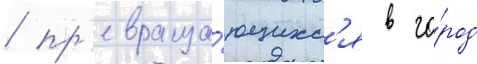
/ пр'евраща́ющихс'я в го́род